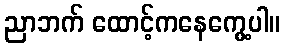
ညာဘက် ထောင့်ကနေကွေ့ပါ။